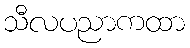
သီလပညာကထာ